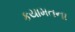
કયામતના